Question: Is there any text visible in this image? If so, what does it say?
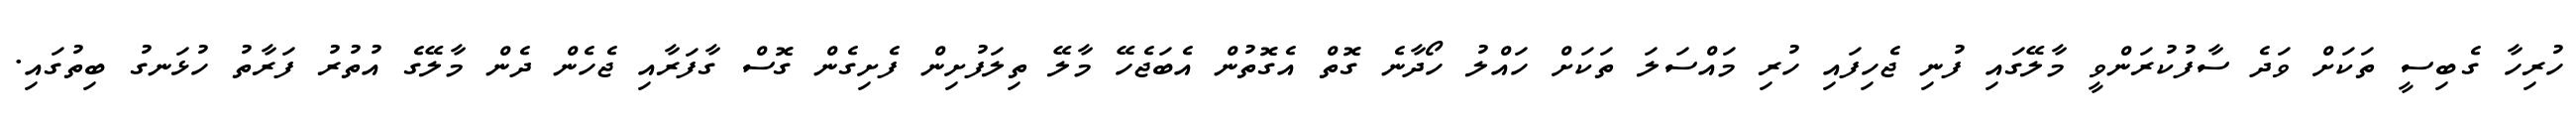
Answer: ހުރިހާ ގެބިސީ ތަކަށް ވަދެ ސާފުކުރަންވީ މާލޭގައި ފުނި ޖެހިފައި ހުރި މައްސަލަ ތަކަށް ހައްލު ހޯދާނެ ގޮތް އެގޮތުން އެބަޖެހޭ މާލޭ ތިލަފުށިން ފެށިގެން ގޮސް ގާފަރާއި ޖެހެން ދެން މާލޭގެ އުތުރު ފަރާތު ހުޅަނގު ބިތުގައި.